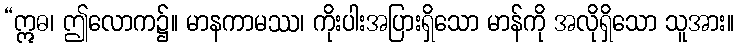
“ဣဓ၊ ဤလောက၌။ မာနကာမဿ၊ ကိုးပါးအပြားရှိသော မာန်ကို အလိုရှိသော သူအား။